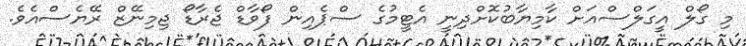
މި ގޯލް އީގަލްސްއަށް ކާމިޔާބުކޮށްދިނީ އެޓީމުގެ ސްޕެއިން ފޯވާޑް ޖެރާޑޯ ޖިމިނޭޒް ރޭޔެސްއެވެ.